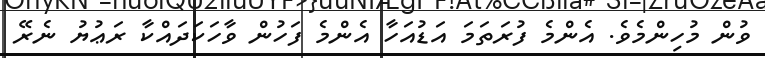
ވުން މުހިންމެވެ. އެންމެ ފުރަތަމަ އަޑުއަހާ އެންމެ ފަހުން ވާހަކަދައްކާ ރަޢުޔު ނެރޭ